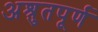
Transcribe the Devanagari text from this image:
अश्रुतपूर्ण